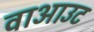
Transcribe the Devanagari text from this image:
वाआउट